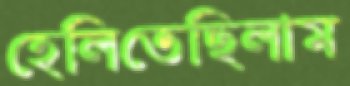
হেলিতেছিলাম